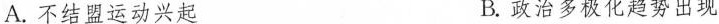
A.不结盟运动兴起 B.政治多极化趋势出现